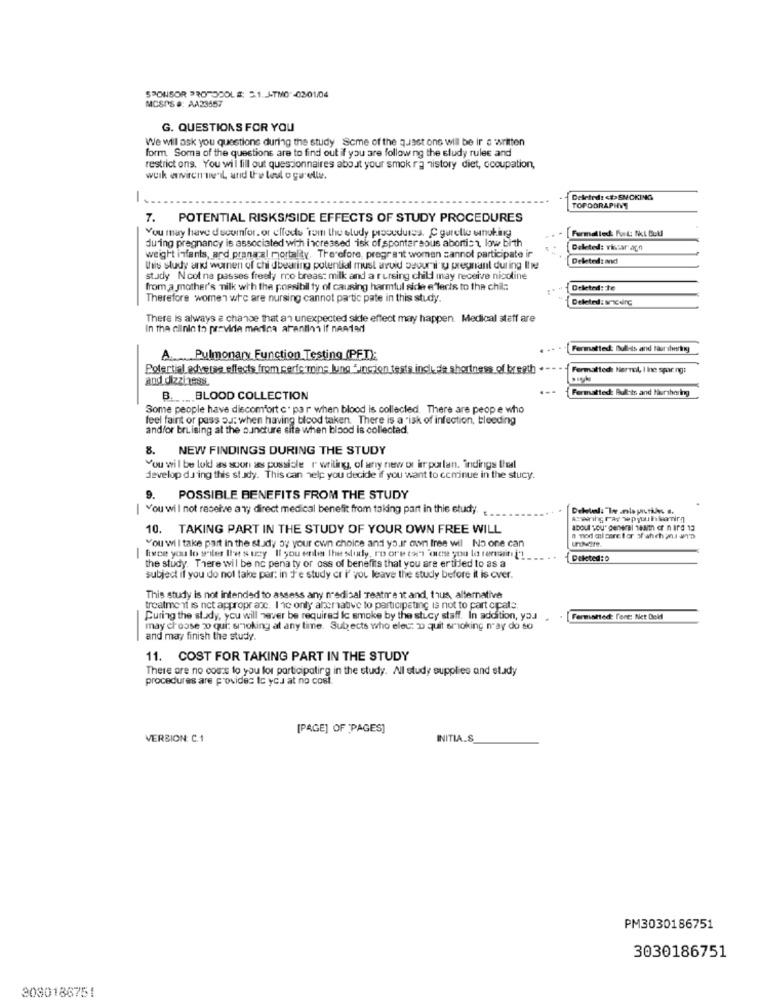
SPONSOR PROTOCOLS: 5.1.4-TMO -02-01/04
MCSPS #: AA23457
G. QUESTIONS FOR YOU
We wil ask you questions during the study Some of the quest one will be ir o written
form. Some of the questions are to find out if you are following the study rules and
restrict ons. You will fill out questionnaires about your smok ra history diet, occupation,
work environment, and the leul o qu'elle.
1 ..
Deleted: < >SNCKING
TOPOGRAPHY
7. POTENTIAL RISKS/SIDE EFFECTS OF STUDY PROCEDURES
You may have ducumfor. or elfode tom the eludy procedures. C gurelle smoking
Farmalled: Furt: Nci Bull
during pregnancy is associated with increased isk of spontaneous abortist low birth
Deleted: vicar agn
weight infants, and pranaral mortality. Therefore, pregranit women sannol participate ir
Deleted: and
this study and warnen of chi dbearing potential must avoid security pregnant during Ihe
study Ncot ne passes freely no breast milk and a rursing child may receive nicoline
from a mother's milk with the possibil ty of causing harmful side e"lects to the chil ::
Deleted: te
Therefore women who are nursing cannot partic pate in this study.
Deleted: I'denG
There Is always a chance that an unexpected side effect may happen. Medical staff are
In the cilnio to provide merica afantini If nastad
Formatted: Bull-ds and taur stwaring
A. Pulmonary Function Testing (PFI):
Potertial adverse effects from perfe mins lung funcion tests include shortness of breath .
Formatted: Nernol, I Ine spor.ng:
and dizziness
Formatted: Bullets and Huurshoring
B. .. BLOOD COLLECTION
Some people have discomfort c. par when blood is collected. There are peope who
feel faint or pass od: when having blood taken. There is a risk of infection, bleeding
and/or bruising at the auncture site when blood is collected.
8. NEW FINDINGS DURING THE STUDY
You wil be lok as soon as possible r writing, of any new or im purlan. indings thedl
develop da ing this study. This can help you decide if you want to cominue in the stucy.
9.
POSSIBLE BENEFITS FROM THE STUDY
You wil not receive ar; direct medical benefit from taking part in this study.
10. TAKING PART IN THE STUDY OF YOUR OWN FREE WILL
about you" general team er nard 13
You will take part in the study by your own choice and your own free wil No one can
| fixce you lo weiler Ile suey Il you enla the sudy, ro ore tort oise you lo ramadin. i' !_
Deleted: 0
the study. There will be nc pena ty or oss of benefits that you are ertiled to as a
subject if you do not take par: in J'e study cr i' you leave the study before it is cver.
This study is not intended to assess any nedisal Teatre it and, thus, alternative
treatment is net appropr ace. Inc only altemative to participating is not to part cipale
Curing the study, you will never be required Ic smoke by the stucy staff. In addition, you
[Fermented: Font: Net Deld
may choose 200 qui: smoking at any time. Subjects who elec: 0 quit smoking n'ay do so
and may finish the study.
11. COST FOR TAKING PART IN THE STUDY
There are no costs to you for participating in the study. Al study supplies and study
procedures are provides Ic you at no cost.
[PAGE] OF "PAGES]
VERSION: C.1
INITIA.S
PM3030186751
3030186751
3080186751